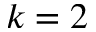
k = 2